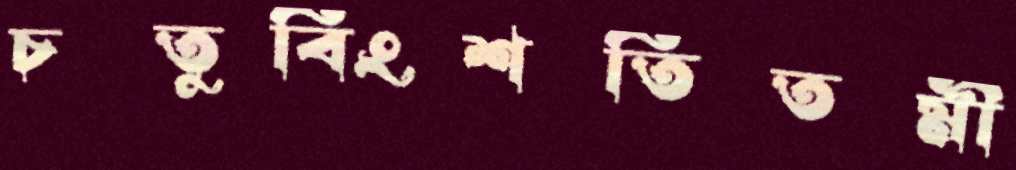
চতুর্বিংশতিতমী